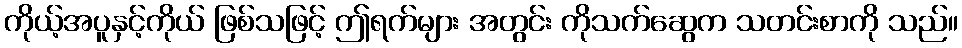
ကိုယ့်အပူနှင့်ကိုယ် ဖြစ်သဖြင့် ဤရက်များ အတွင်း ကိုသက်ဆွေက သတင်းစာကို သည်။